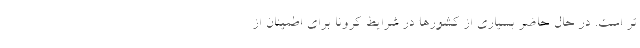
تر است. در حال حاضر بسیاری از کشورها در شرایط کرونا برای اطمینان از